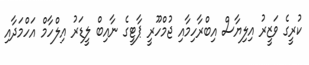
ކުރީގެ ވަޒީރު އިލިޔާސް އިބްރާހިމާއި ޖުމްހޫރީ ޕާޓީގެ ނާއިބް ލީޑަރު އިލްހާމް އަހްމަދާއި